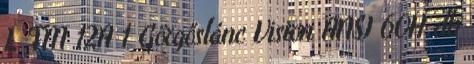
L FM 12A 1 Görgőslánc Vision ANSI 60H db